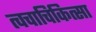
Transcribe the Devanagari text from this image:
त्वचाचिकित्सा